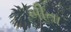
બીતા